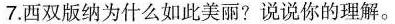
7.西双版纳为什么如此美丽?说说你的理解。